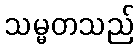
သမ္မတသည်